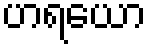
ဟရယော